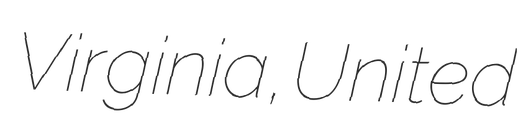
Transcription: Virginia, United